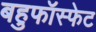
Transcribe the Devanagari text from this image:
बहुफॉस्फेट